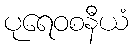
ပုရေဝစနီယံ